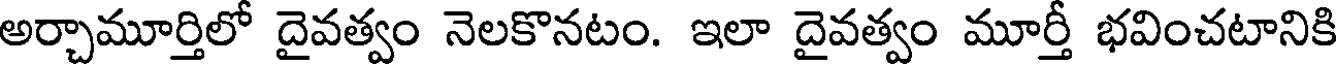
అర్చామూర్తిలో దైవత్వం నెలకొనటం. ఇలా దైవత్వం మూర్తీ భవించటానికి